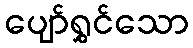
ပျော်ရွှင်သော